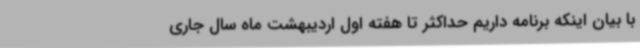
با بیان اینکه برنامه داریم حداکثر تا هفته اول اردیبهشت ماه سال جاری